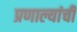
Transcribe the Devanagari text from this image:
प्रणाल्यांची